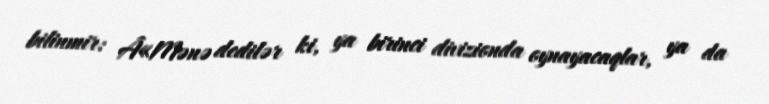
bilinmir: Â«Mənə dedilər ki, ya birinci divizionda oynayacaqlar, ya da